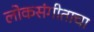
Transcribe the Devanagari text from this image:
लोकसंगीताचा